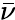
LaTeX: \bar{\nu}